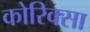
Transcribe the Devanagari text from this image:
कोरिक्सा